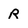
Character: r